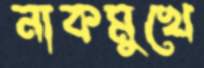
নাকমুখে